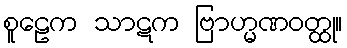
စူဠေက သာဋက ဗြာဟ္မဏဝတ္ထု။